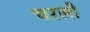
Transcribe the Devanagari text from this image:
चरली